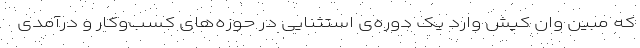
که مبین وان کیش وارد یک دوره‌ی استثنایی در حوزه‌های کسب‌وکار و درآمدی